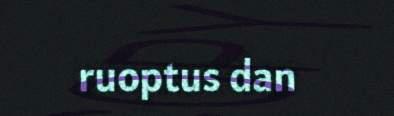
ruoptus dan